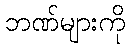
ဘဏ်များကို